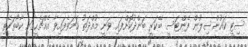
ސިޓީ ކައުންސިލުން ފެންޓަސީ ބޭކަރީ ބަންދުކޮށްފައި ވަނީ މުއްދަތު ހަމަވެފައިވާ އެއްޗެހީގައި ކާބޯތަކެތި